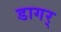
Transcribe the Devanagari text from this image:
डागर्